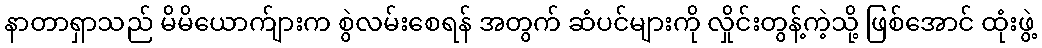
နာတာရှာသည် မိမိယောက်ျားက စွဲလမ်းစေရန် အတွက် ဆံပင်များကို လှိုင်းတွန့်ကဲ့သို့ ဖြစ်အောင် ထုံးဖွဲ့